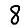
Digit: 8